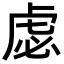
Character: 虙